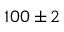
1 0 0 \pm 2